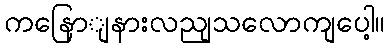
ကနြောျနားလညျသလောကျပေါ့။